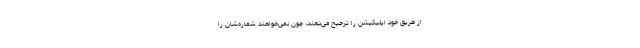
از طریق خود اپلیکیشن را ترجیح می‌دهند، چون نمی‌خواهند شماره‌شان را